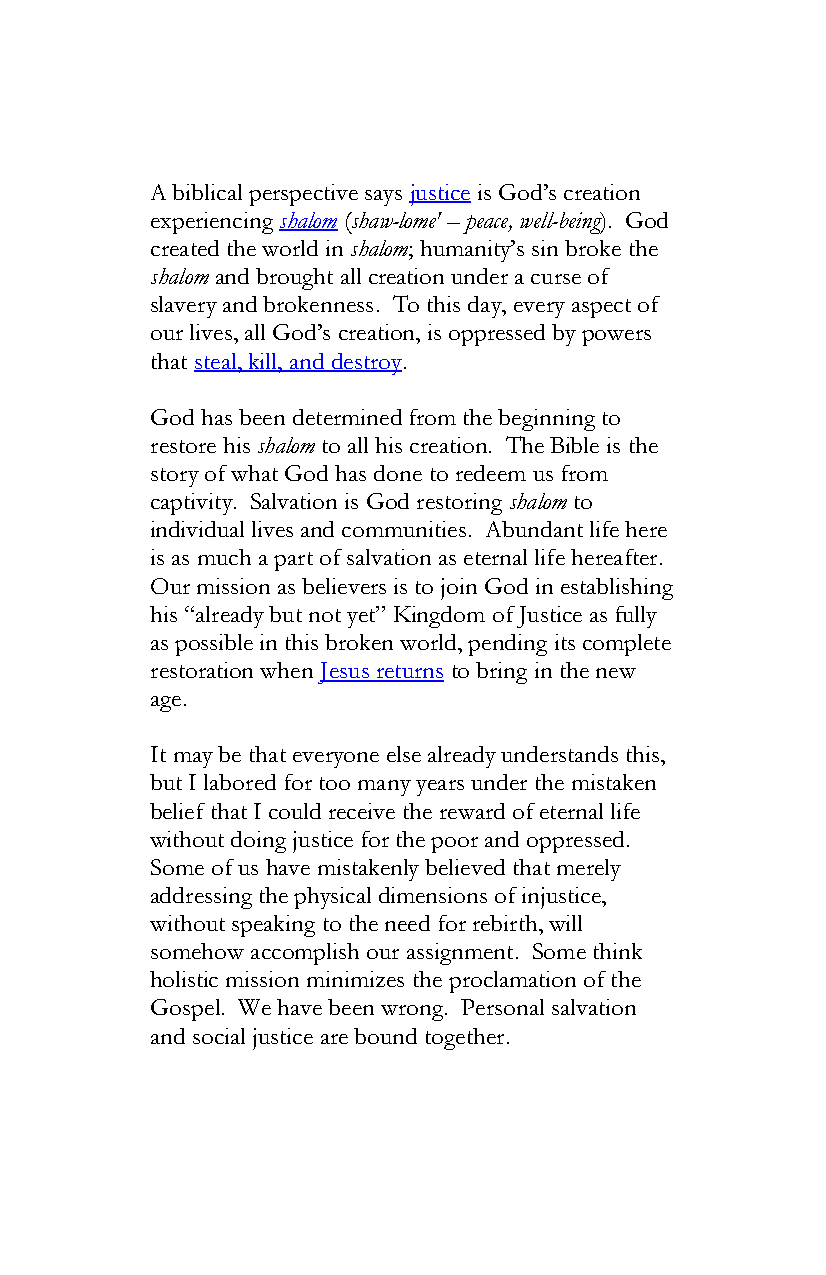
A biblical perspective says justice is God’s creation
 experiencing shalom (shaw-lome' – peace, well-being). God
 created the world in shalom; humanity’s sin broke the
 shalom and brought all creation under a curse of
 slavery and brokenness. To this day, every aspect of
 our lives, all God’s creation, is oppressed by powers
 that steal, kill, and destroy.
 God has been determined from the beginning to
 restore his shalom to all his creation. The Bible is the
 story of what God has done to redeem us from
 captivity. Salvation is God restoring shalom to
 individual lives and communities. Abundant life here
 is as much a part of salvation as eternal life hereafter.
 Our mission as believers is to join God in establishing
 his “already but not yet” Kingdom of Justice as fully
 as possible in this broken world, pending its complete
 restoration when Jesus returns to bring in the new
 age.
 It may be that everyone else already understands this,
 but I labored for too many years under the mistaken
 belief that I could receive the reward of eternal life
 without doing justice for the poor and oppressed.
 Some of us have mistakenly believed that merely
 addressing the physical dimensions of injustice,
 without speaking to the need for rebirth, will
 somehow accomplish our assignment. Some think
 holistic mission minimizes the proclamation of the
 Gospel. We have been wrong. Personal salvation
 and social justice are bound together.